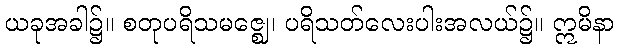
ယခုအခါ၌။ စတုပရိသမဇ္ဈေ၊ ပရိသတ်လေးပါးအလယ်၌။ ဣမိနာ